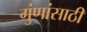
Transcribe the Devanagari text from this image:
गुंणांसाठी